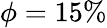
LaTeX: \phi=15\%